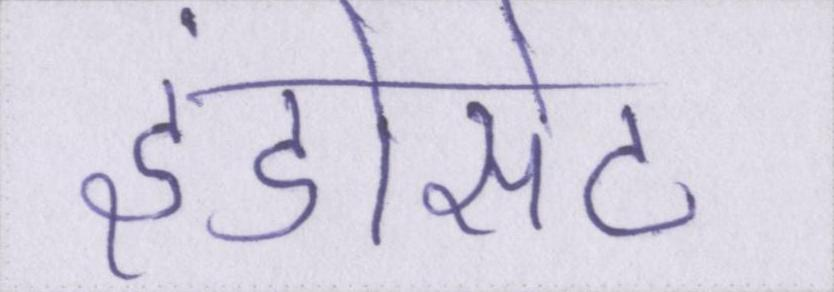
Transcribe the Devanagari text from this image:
इंडोसेट